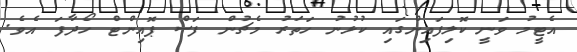
އެޓީމު ވަނީ ކޮލިފައިންގައި ކުޅުނު ހަތަރު މެޗުން ފަސް ޕޮއިންޓް ހޯދާފަ އެވެ.